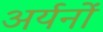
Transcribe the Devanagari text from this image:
अर्यनों